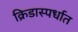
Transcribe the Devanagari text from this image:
क्रिडास्पर्धात